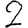
Digit: 2